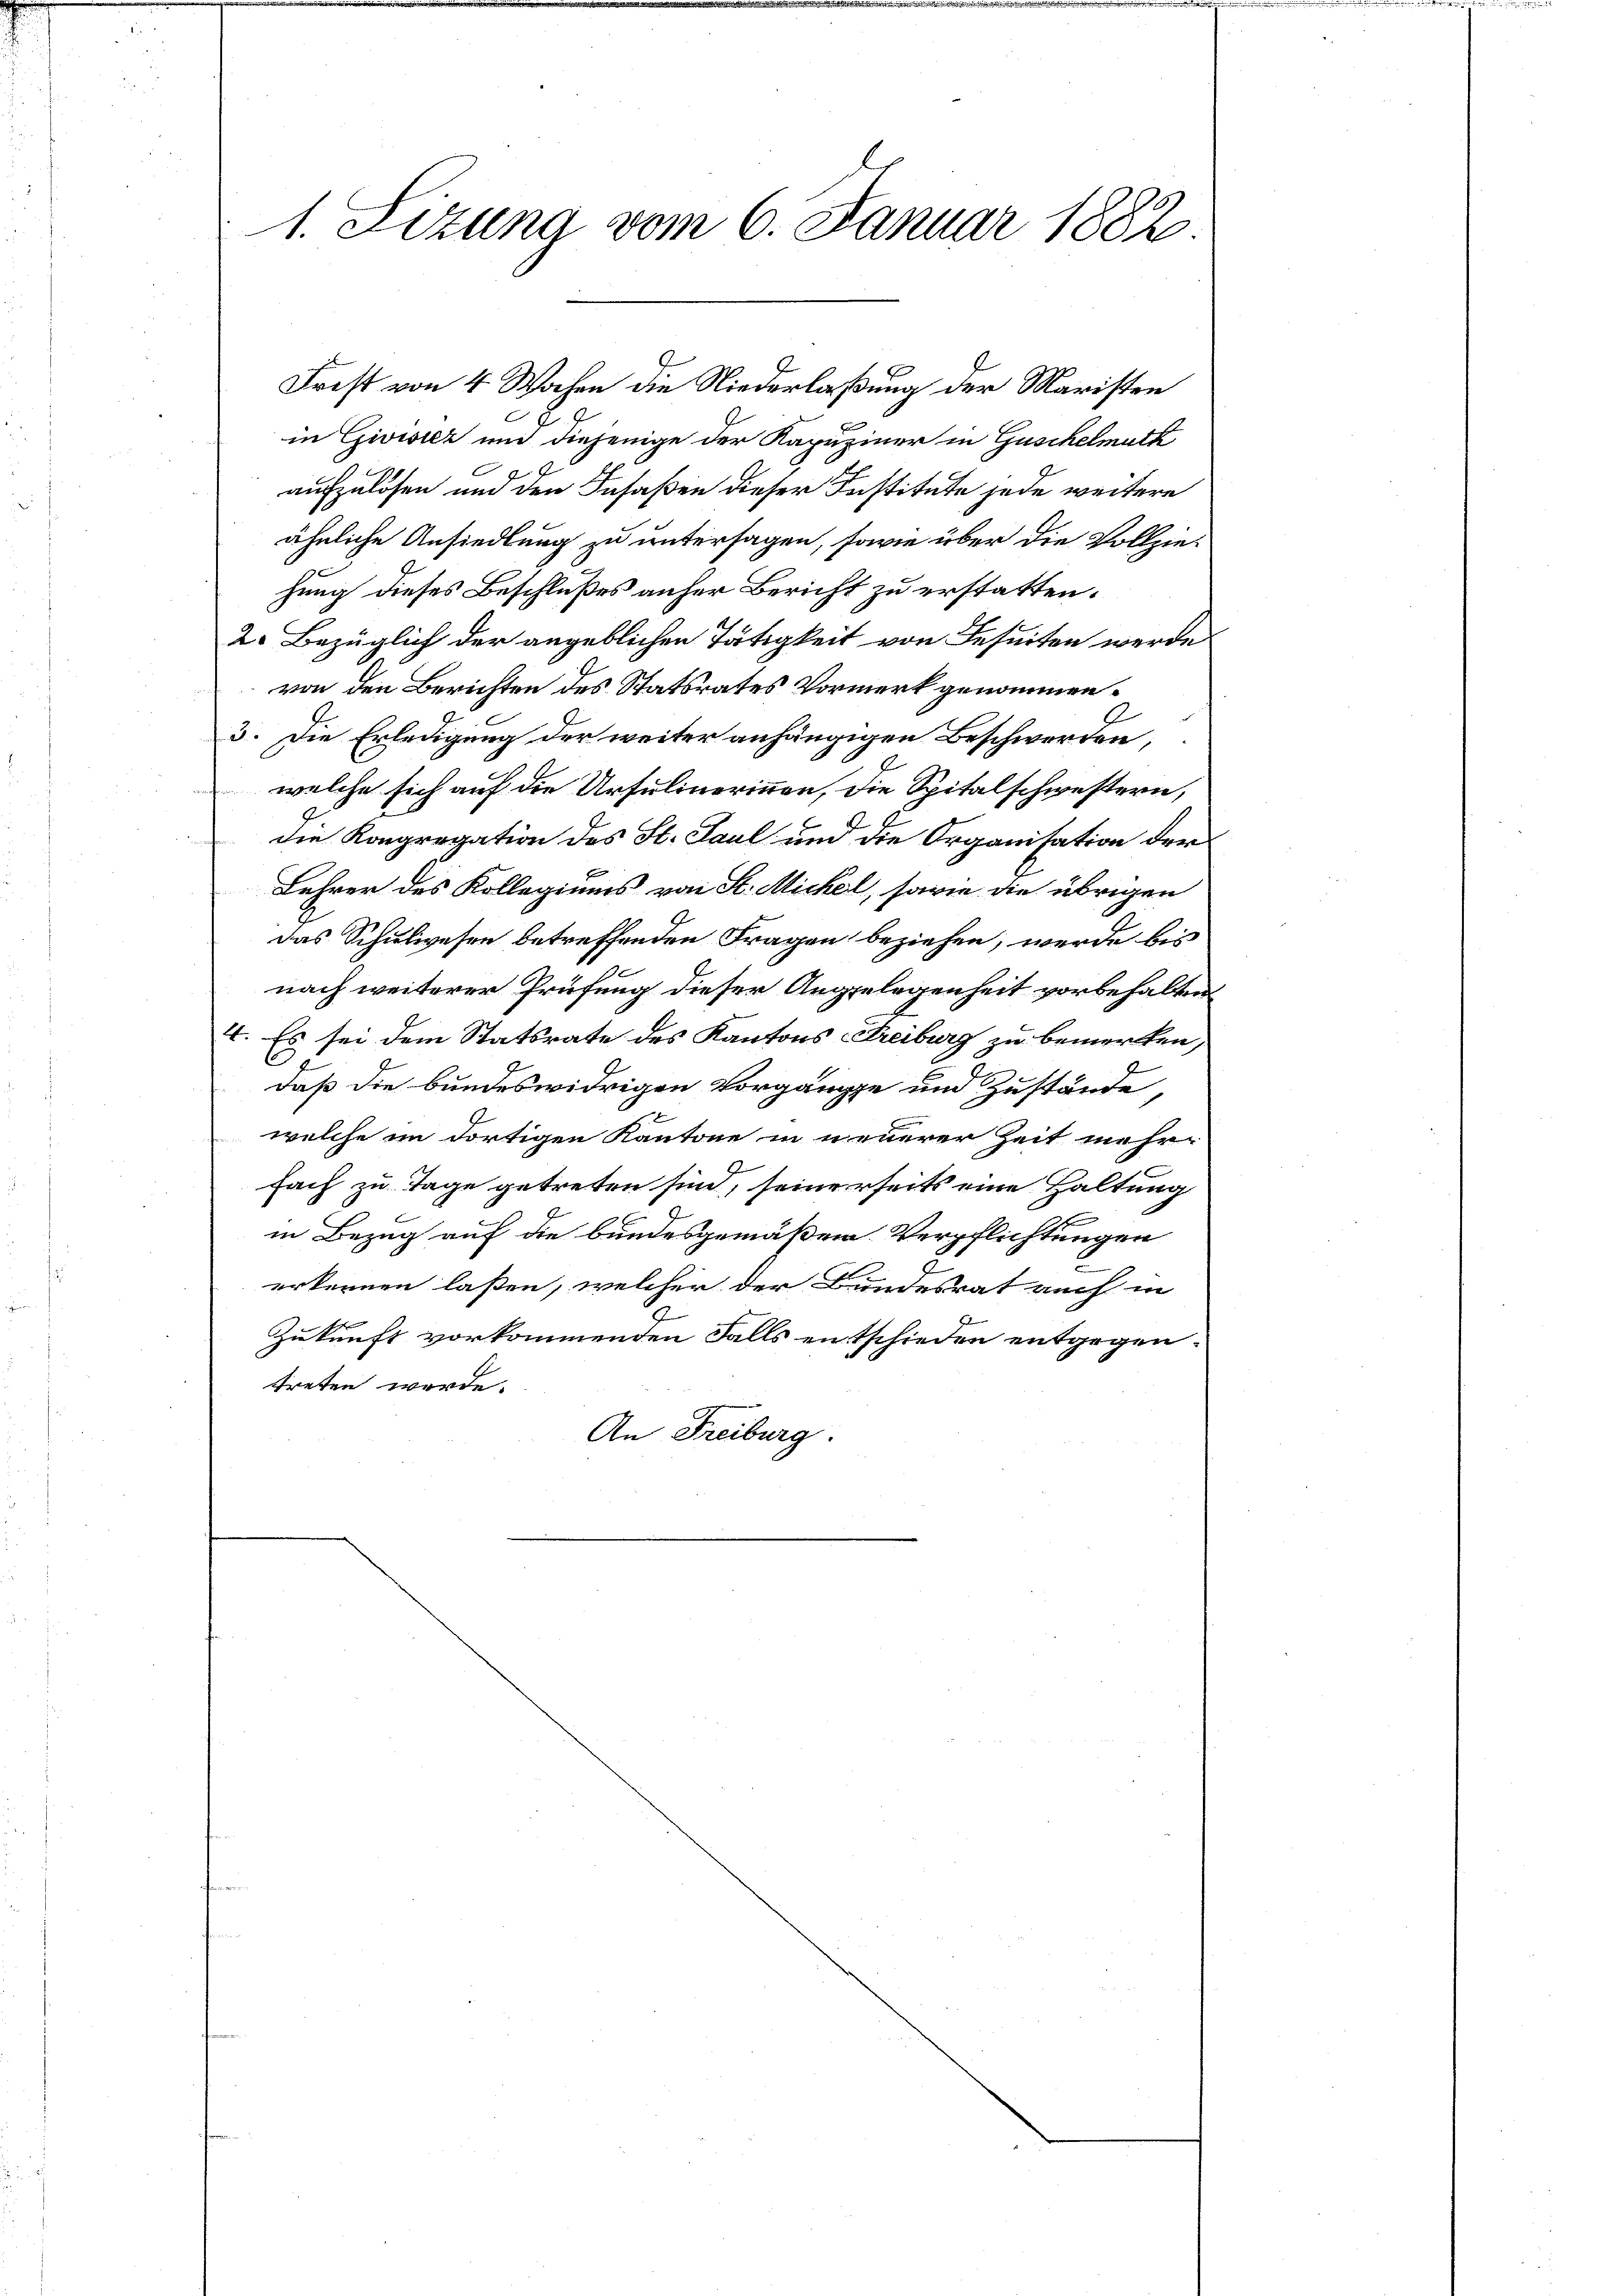
1. Sizung vom 6. Januar 1882.

Frist von 4 Wochen die Niederlaßung der Maristen
E
in Gwisiez und diejenige der Kapuziner in Guschelmuth
aufzulösen und den Insaßen dieser Institute jede weitere
ähnliche Ansiedlung zu untersagen, sowie über die Vollziehung dieses Beschlußes anher Bericht zu erstatten.
2. Bezüglich der angeblichen Tätigkeit von Beseiten werde
von den Berichten des Statsrates Vormerk genommen.
3. Die Erledigung der weiter anhängigen Beschwerden,
welche sich auf die Ursulinerinnen, die Spitalschwestern,
die Kongregation des St. Paul und die Organisation der
Lehrer des Kollegiums von St. Michel, sowie die übrigen
das Schulwesen betreffenden Fragen beziehen, werde bis
nach weiterer Prüfung dieser Angelegenheit vorbehalten
4. Es sei dem Statsrate des Kantons Freiburg zu bemerken,
67.
daß die bundeswidrigen Vorgänge und Zustände,
welche im dortigen Kantone in neuerer Zeit mehr-
Fach zu Tage getreten sind, seinerseits eine Haltung
in Bezug auf die bundesgemäßen Verpflichtungen
erkennen laßen, welcher der Bundesrat auch in
Zukunft vorkommenden Falls entschieden entgegen.
treten werde.
An Freiburg.